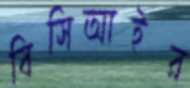
বিসিআইর